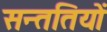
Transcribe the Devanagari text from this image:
सन्ततियों